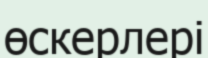
өскерлері